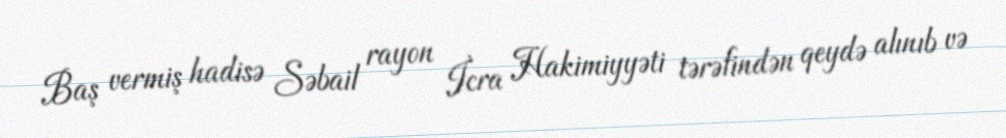
Baş vermiş hadisə Səbail rayon İcra Hakimiyyəti tərəfindən qeydə alınıb və